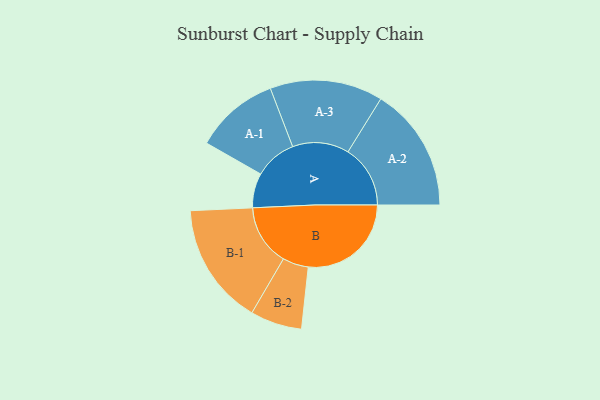
{"axis": {"x": "Segment", "y": "Value"}, "legend": ["", "A", "B"], "data": [{"x": "A", "y": 166, "type": ""}, {"x": "B", "y": 494, "type": ""}, {"x": "A-1", "y": 202, "type": "A"}, {"x": "A-2", "y": 299, "type": "A"}, {"x": "A-3", "y": 271, "type": "A"}, {"x": "B-1", "y": 293, "type": "B"}, {"x": "B-2", "y": 124, "type": "B"}]}